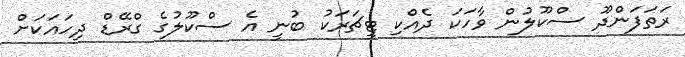
ރަތަފަންދޫ ސްކޫލުން ވާހަކަ ދެއްކި ޓީޗަރަކު ބުނީ އެ ސްކޫލުގެ ގްރޭޑް ދިހައަކަށް